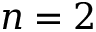
n = 2